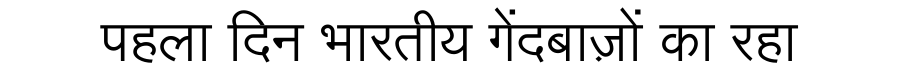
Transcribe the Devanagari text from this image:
पहला दिन भारतीय गेंदबाज़ों का रहा